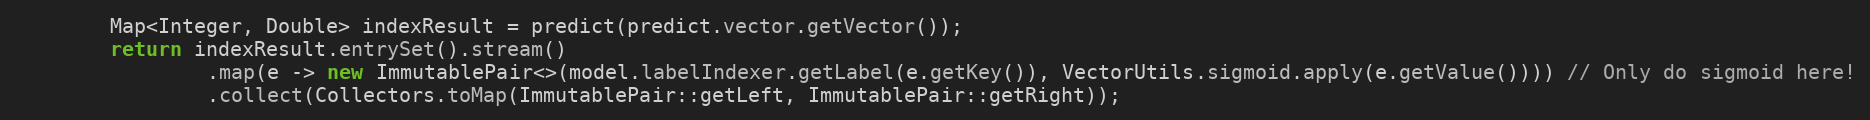
Language: Java
        Map<Integer, Double> indexResult = predict(predict.vector.getVector());
        return indexResult.entrySet().stream()
                .map(e -> new ImmutablePair<>(model.labelIndexer.getLabel(e.getKey()), VectorUtils.sigmoid.apply(e.getValue()))) // Only do sigmoid here!
                .collect(Collectors.toMap(ImmutablePair::getLeft, ImmutablePair::getRight));